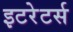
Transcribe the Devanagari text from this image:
इटरेटर्स